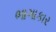
ભાગાકાર